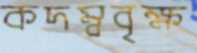
কদম্ববৃক্ষ